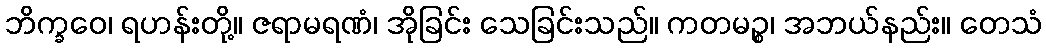
ဘိက္ခဝေ၊ ရဟန်းတို့။ ဇရာမရဏံ၊ အိုခြင်း သေခြင်းသည်။ ကတမဉ္စ၊ အဘယ်နည်း။ တေသံ